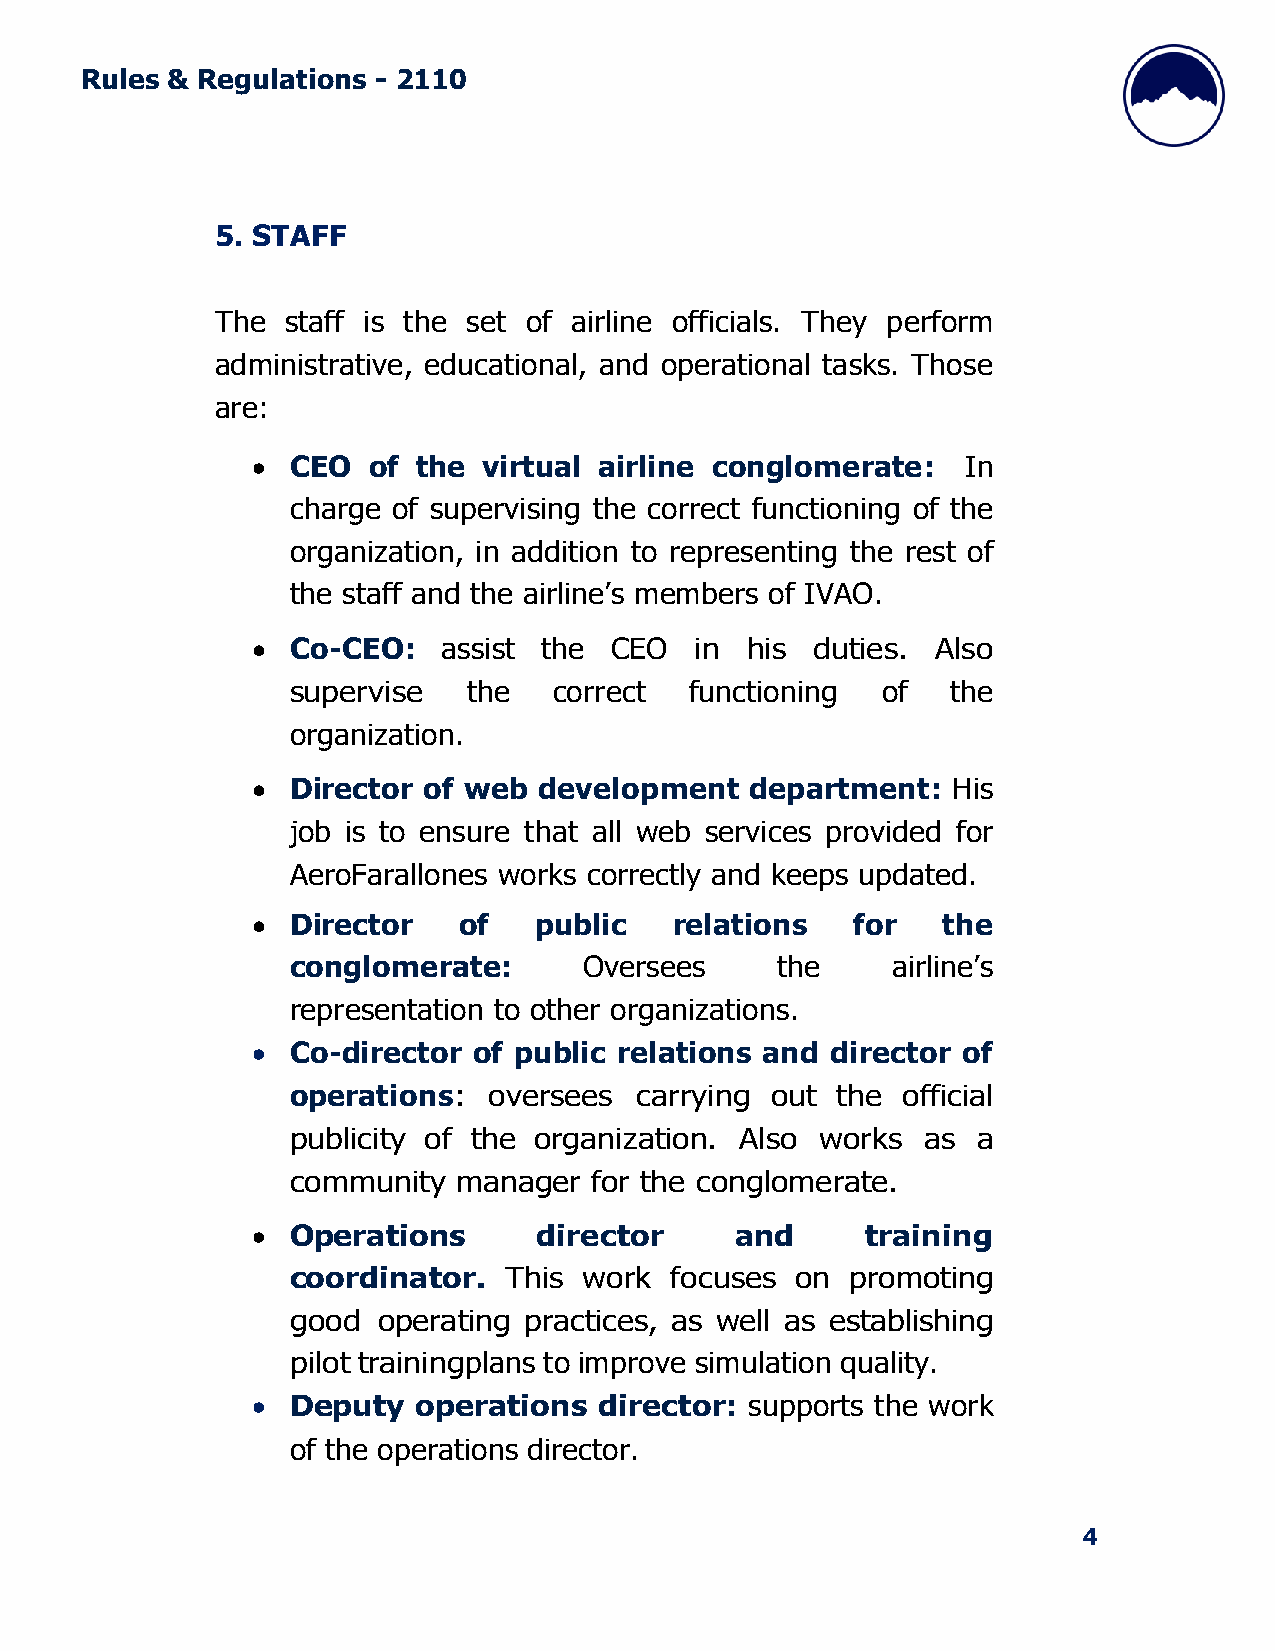
Rules & Regulations - 2110
 5. STAFF
 The  staff is the set of airline officials. They perform
 administrative, educational, and operational tasks. Those
 are:
 • CEO  of  the virtual airline conglomerate:   In
 charge of supervising the correct functioning of the
 organization, in addition to representing the rest of
 the staff and the airline’s members of IVAO.
 • Co-CEO:   assist the CEO   in his  duties. Also
 supervise   the   correct  functioning of   the
 organization.
 • Director of web  development   department:  His
 job is to ensure that all web services provided for
 AeroFarallones works correctly and keeps updated.
 • Director   of   public    relations  for   the
 conglomerate:       Oversees    the     airline’s
 representation to other organizations.
 • Co-director of public relations and director of
 operations:  oversees  carrying out the  official
 publicity of the organization. Also works as  a
 community  manager  for the conglomerate.
 • Operations       director     and     training
 coordinator.  This  work focuses  on promoting
 good  operating practices, as well as establishing
 pilot training plans to improve simulation quality.
 • Deputy   operations  director: supports the work
 of the operations director.
 4